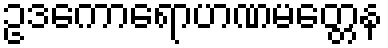
ဥဒကောရောဟဏမတ္တေန